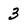
Character: 3